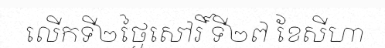
លើកទី២ថ្ងៃសៅរិ៍ ទី២៧ ខែសីហា